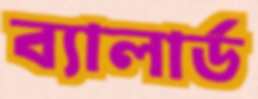
ব্যালার্ড